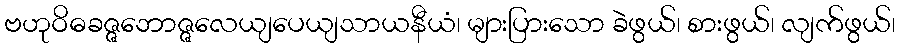
ဗဟုဝိဓခဇ္ဇဘောဇ္ဇလေယျပေယျသာယနီယံ၊ များပြားသော ခဲဖွယ်၊ စားဖွယ်၊ လျက်ဖွယ်၊